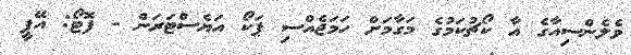
ވެލެންސިއާގެ އާ ކޯޗުކަމުގެ މަގާމަށް ހަމަޖެއްސި ޕަކޯ އަޔެސްޓަރަން - ފޮޓޯ: އޭޕީ